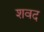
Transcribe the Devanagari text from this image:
शवद